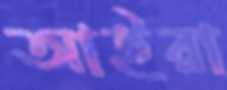
আইরা